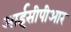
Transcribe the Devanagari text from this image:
आईसीपीआर